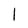
Character: l